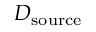
D _ { \mathrm { s o u r c e } }